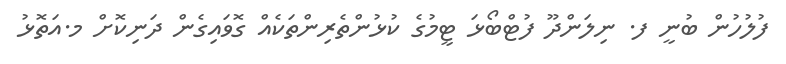
ފުލުހުން ބުނީ ފ. ނިލަންދޫ ފުޓްބޯޅަ ޓީމުގެ ކުޅުންތެރިންތަކެއް ގޮވައިގެން ދަނިކޮށް މ.އަތޮޅު